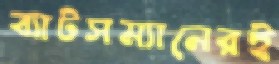
ব্যাটসম্যানেরই